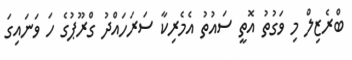
ބްރެޒިލް މި ވަގުތު އޮތީ ސައުތު އެމެރިކާ ސަރަހައްދު ގްރޫޕުގެ ހަ ވަނައިގަ